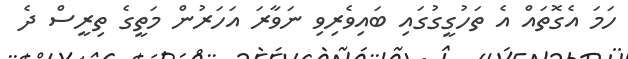
ހަމަ އެގޮތައް އެ ތަހުގީގުގައި ބައިވެރިވި ނަވާރަ އަހަރުން މަތީގެ ތިރީސް ދެ